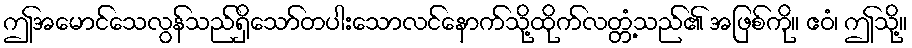
ဤအမောင်သေလွန်သည်ရှိသော်တပါးသောလင်နောက်သို့ထိုက်လတ္တံ့သည်၏ အဖြစ်ကို။ ဧဝံ၊ ဤသို့။